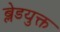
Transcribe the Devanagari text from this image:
ब्लेडयुक्त